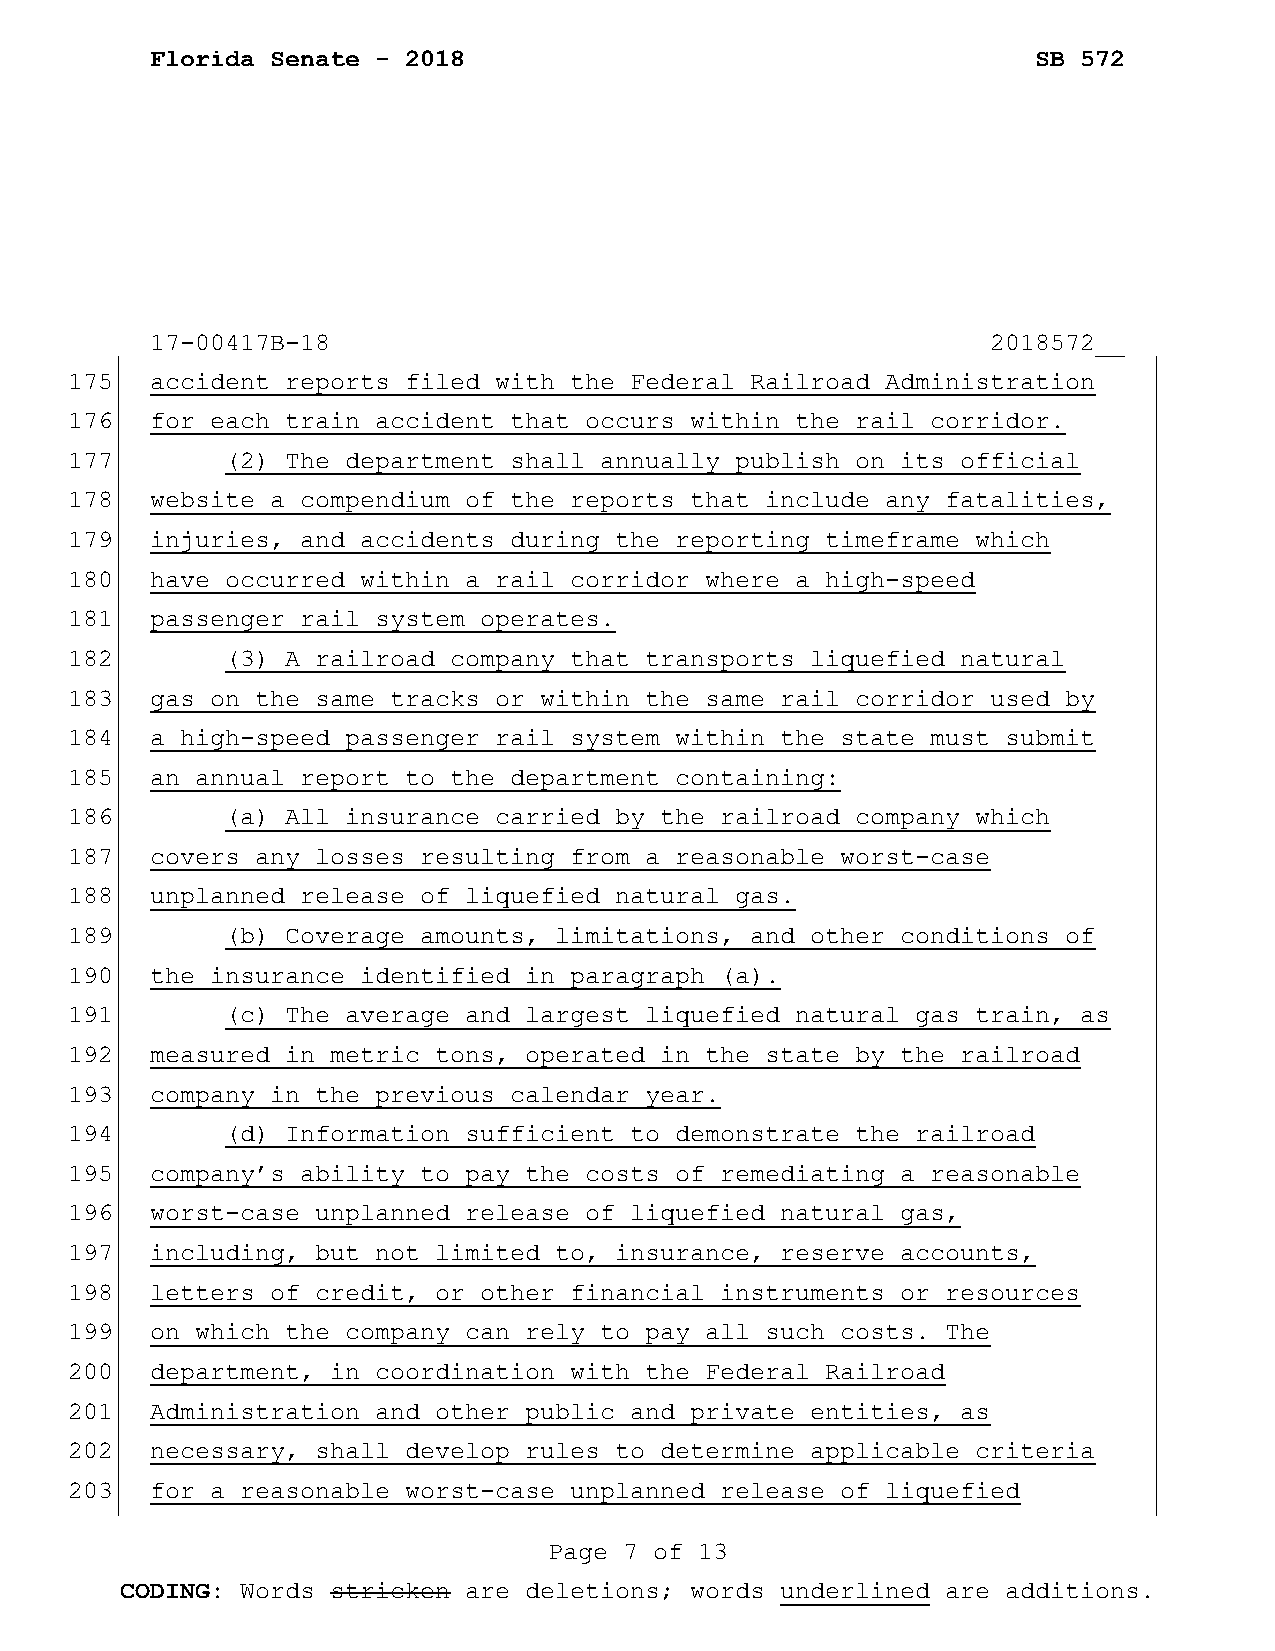
Florida Senate - 2018                                      SB 572
 17-00417B-18                                            2018572__
 175   accident reports filed with the Federal Railroad Administration
 176   for each train accident that occurs within the rail corridor.
 177        (2) The department shall annually publish on its official
 178   website a compendium of the reports that include any fatalities,
 179   injuries, and accidents during the reporting timeframe which
 180   have occurred within a rail corridor where a high-speed
 181   passenger rail system operates.
 182        (3) A railroad company that transports liquefied natural
 183   gas on the same tracks or within the same rail corridor used by
 184   a high-speed passenger rail system within the state must submit
 185   an annual report to the department containing:
 186        (a) All insurance carried by the railroad company which
 187   covers any losses resulting from a reasonable worst-case
 188   unplanned release of liquefied natural gas.
 189        (b) Coverage amounts, limitations, and other conditions of
 190   the insurance identified in paragraph (a).
 191        (c) The average and largest liquefied natural gas train, as
 192   measured in metric tons, operated in the state by the railroad
 193   company in the previous calendar year.
 194        (d) Information sufficient to demonstrate the railroad
 195   company’s ability to pay the costs of remediating a reasonable
 196   worst-case unplanned release of liquefied natural gas,
 197   including, but not limited to, insurance, reserve accounts,
 198   letters of credit, or other financial instruments or resources
 199   on which the company can rely to pay all such costs. The
 200   department, in coordination with the Federal Railroad
 201   Administration and other public and private entities, as
 202   necessary, shall develop rules to determine applicable criteria
 203   for a reasonable worst-case unplanned release of liquefied
 Page 7 of 13
 CODING: Words stricken are deletions; words underlined are additions.